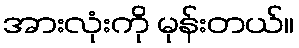
အားလုံးကို မုန်းတယ်။